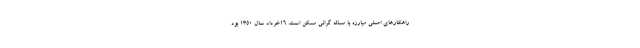
راهکارهای اصلی مبارزه با مساله گرانی مسکن است. 16خرداد سال 1350 بود